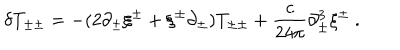
\delta T _ { \pm \pm } = - ( 2 \partial _ { \pm } \xi ^ { \pm } + \xi ^ { \pm } \partial _ { \pm } ) T _ { \pm \pm } + { \frac { c } { 2 4 \pi } } \partial _ { \pm } ^ { 3 } \xi ^ { \pm } \ .